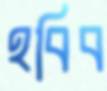
হবিব